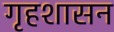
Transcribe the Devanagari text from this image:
गृहशासन